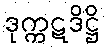
ဒုက္ကဋဒိဋ္ဌိ